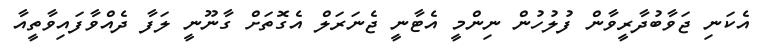
އެކަނި ޖަވާބުދާރީވާން ފުލުހުން ނިންމީ އެޓާނީ ޖެނަރަލް އެގޮތަށް ގާނޫނީ ލަފާ ދެއްވާފައިވާތީއާ